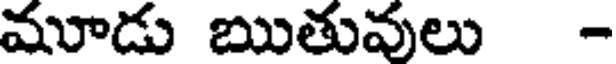
మూడు ఋతువులు -